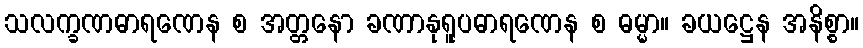
သလက္ခဏဓာရဏေန စ အတ္တနော ခဏာနုရူပဓာရဏေန စ ဓမ္မာ။ ခယဋ္ဌေန အနိစ္စာ။